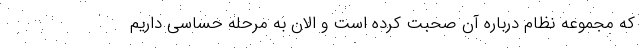
که مجموعه نظام درباره آن صحبت کرده است و الان به مرحله حساسی داریم